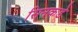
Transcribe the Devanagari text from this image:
सिनकडे